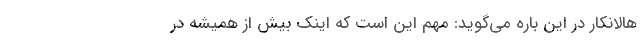
هالانکار در این باره می‌گوید: مهم این است که اینک بیش از همیشه در